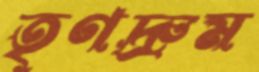
তৃণদ্রুম